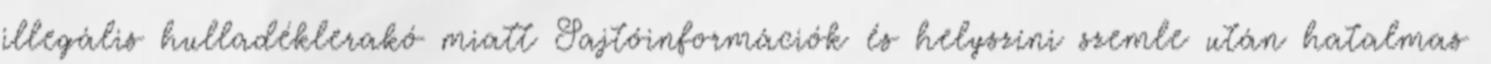
illegális hulladéklerakó miatt Sajtóinformációk és helyszíni szemle után hatalmas